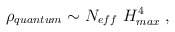
\begin{align*}\rho_{quantum} \sim N_{eff} ~ H^4_{max} \; ,\end{align*}